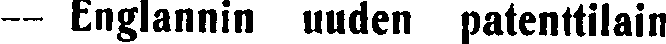
— Englannin uuden patenttilain